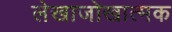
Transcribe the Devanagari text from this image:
लेखाजोखात्मक